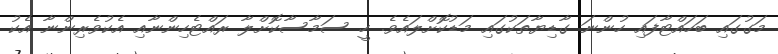
މަގުގައި ބަހައްޓާފައި ހުންނަ ގާޑިޔާތަކުގައި މަޑުކޮށްލައެވެ. ހީ ސަމާސާކޮށްލާ ރައްޓެހިންނާއި އެކުވެރިންނާ އެކު